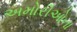
અમોરીઓના